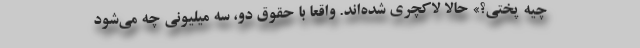
چیه پختی؟» حالا لاکچری شده‌اند. واقعا با حقوق دو، سه میلیونی چه می‌شود